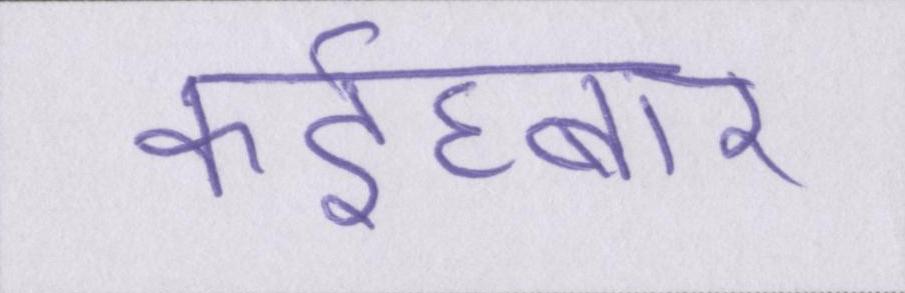
कईघ्बार